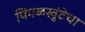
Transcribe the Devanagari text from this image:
पिंपळखुंटेचा